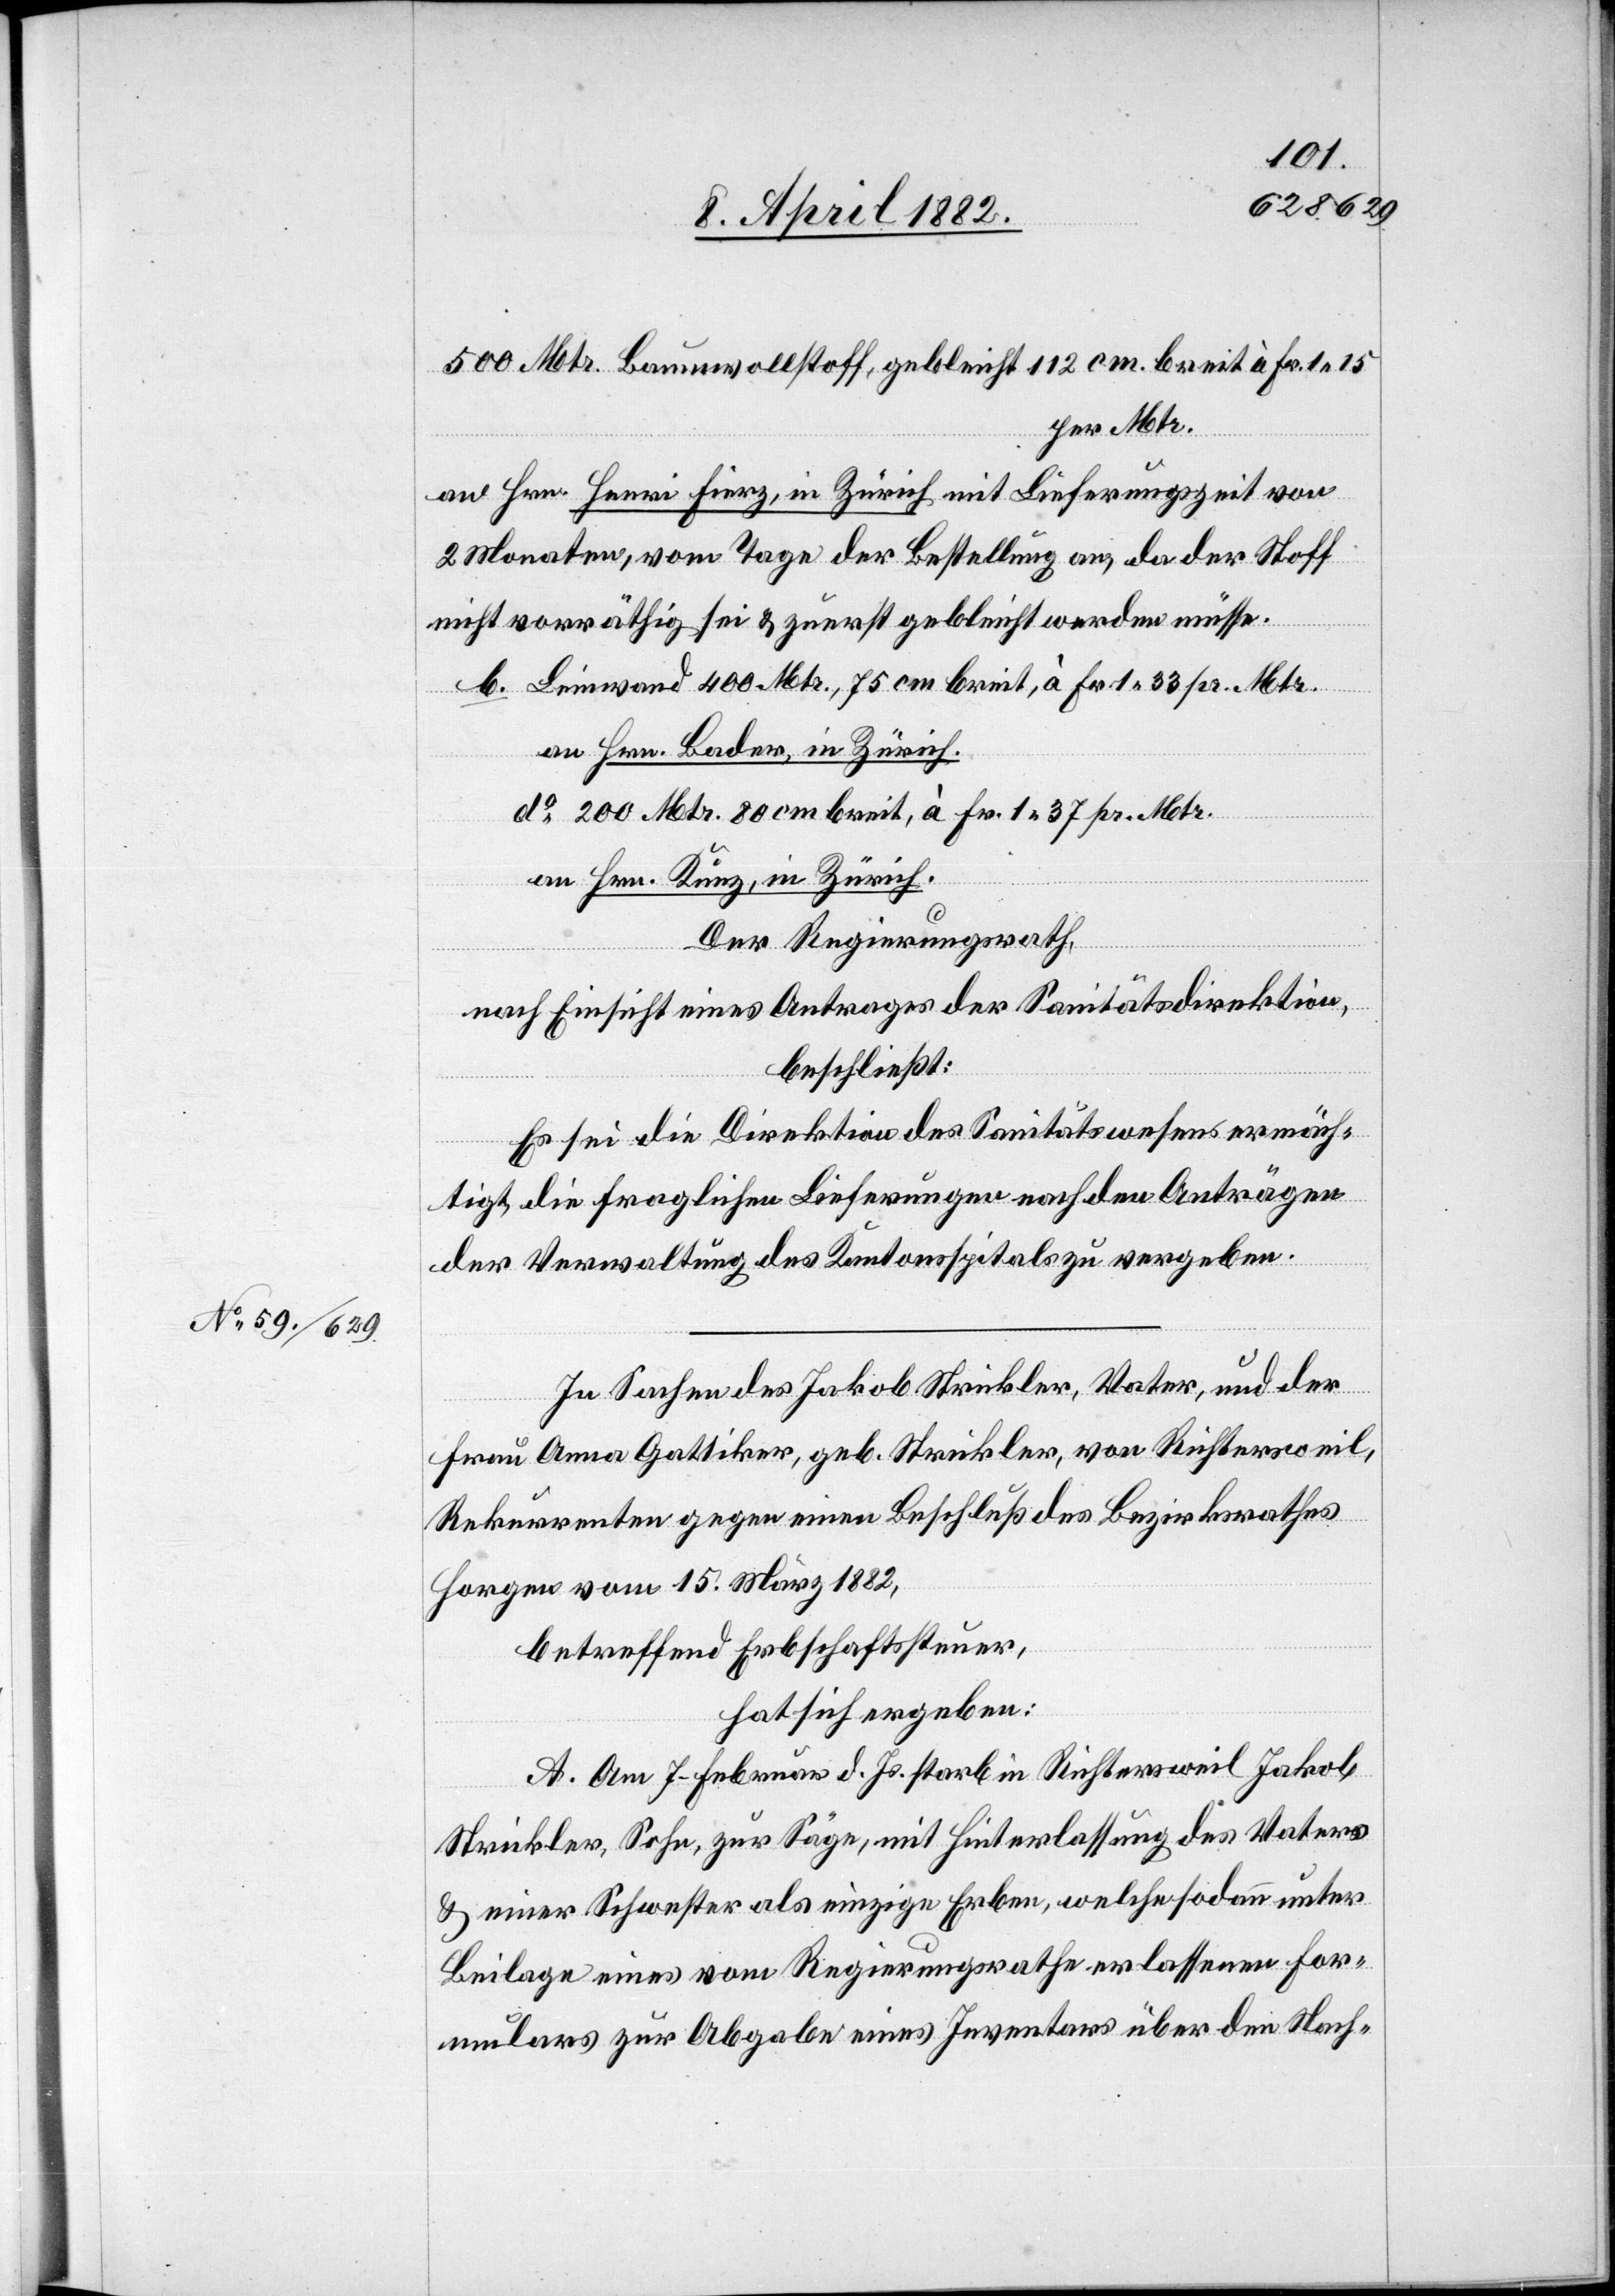
500 Mtr. Baumwollstoff, gebleicht 112 cm breit à Fr. 1 15
per Mtr.
an Hrn. Henri Fierz, in Zürich mit Lieferungszeit von
2 Monaten, vom Tage der Bestellung an, da der Stoff
nicht vorräthig sei & zuerst gebleicht werden müsse.
an Hrn. Bader, in Zürich.
do 200 Mtr. 80 cm breit, à Fr. 1 37 pr. Mtr.
an Hrn. Kunz, in Zürich.
Der Regierungsrath,
nach Einsicht eines Antrages der Sanitätsdirektion,
beschließt:
Es sei die Direktion des Sanitätswesens ermäch¬
tigt die fraglichen Lieferungen nach den Anträgen
der Verwaltung des Kantonsspitals zu vergeben.
In Sachen des Jakob Strickler, Vater, und der
Frau Anna Gattiker, geb. Strickler, von Richtersweil,
Rekurrenten gegen einen Beschuß des Bezirksrathes
Horgen vom 15. März 1882,
betreffend Erbschaftssteuer,
hat sich ergeben:;
A. Am 7. Februar d. Js. starb in Richtersweil Jakob
Strickler, Sohn, zur Säge, mit Hinterlassung des Vaters
& einer Schwester als einzige Erben, welche sodann unter
Beilage eines vom Regierungsrathe erlassenen For¬
mulars zur Abgabe eines Inventars über den Nach-